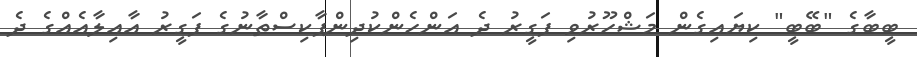
ބީބާގެ "ބޭބީ" ކިޔައިގެން މަޝްހޫރުވި ފަގީރު ދެ އަންހެންކުދިންޕާކިސްތާނުގެ ފަގީރު އާއިލާއެއްގެ ދެ